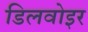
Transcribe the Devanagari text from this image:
डिलवोइर